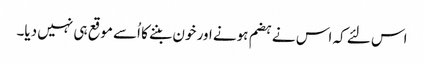
اس لئے کہ اس نے ہضم ہونے اور خون بننے کا اُسے موقع ہی نہیں دیا۔